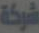
شركة